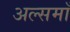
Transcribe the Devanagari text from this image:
अल्समाँ